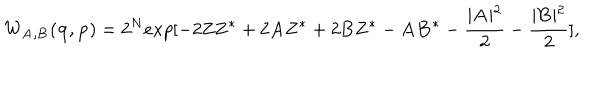
LaTeX: W _ { { \bf A , B } } ( { \bf q , p } ) = 2 ^ { N } e x p [ - 2 { \bf Z Z ^ { * } } + 2 { \bf A Z ^ { * } } + 2 { \bf B Z ^ { * } } - { \bf A B ^ { * } } - \frac { \mid { \bf A } \mid ^ { 2 } } { 2 } - \frac { \mid { \bf B } \mid ^ { 2 } } { 2 } ] , \nonumber \,